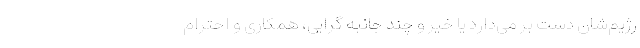
رژیم‌شان دست بر می‌دارد یا خیر و چند جانبه گرایی، همکاری و احترام